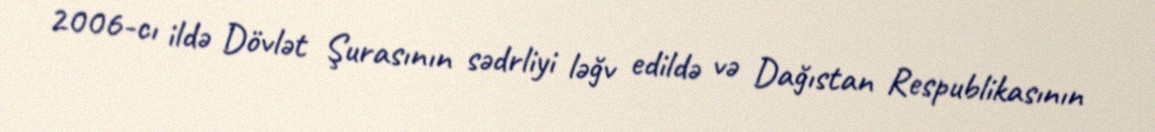
2006-cı ildə Dövlət Şurasının sədrliyi ləğv edildə və Dağıstan Respublikasının